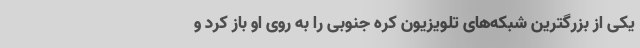
یکی از بزرگترین شبکه‌های تلویزیون کره جنوبی را به روی او باز کرد و